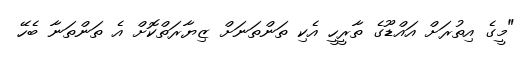
"މީގެ އިތުރަށް އައްޑޫގެ ތާރީހީ އެކި ތަންތަނަށް ޒިޔާރަތްކޮށް އެ ތަންތަނާ ބެހޭ